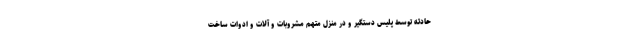
حادثه توسط پلیس دستگیر و در منزل متهم مشروبات و آلات و ادوات ساخت